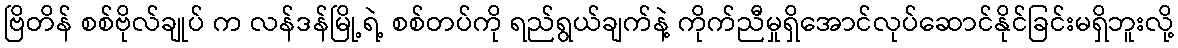
ဗြိတိန် စစ်ဗိုလ်ချုပ် က လန်ဒန်မြို့ရဲ့ စစ်တပ်ကို ရည်ရွယ်ချက်နဲ့ ကိုက်ညီမှုရှိအောင်လုပ်ဆောင်နိုင်ခြင်းမရှိဘူးလို့